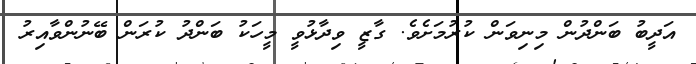
އަދީބު ބަންދުން މިނިވަން ކުރުމަށެވެ. ގާޒީ ވިދާޅުވީ މީހަކު ބަންދު ކުރަން ބޭނުންވާއިރު